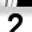
Digit: 2